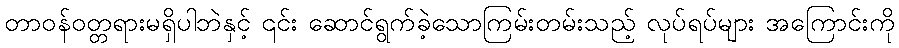
တာဝန်ဝတ္တရားမရှိပါဘဲနှင့် ၎င်း ဆောင်ရွက်ခဲ့သောကြမ်းတမ်းသည့် လုပ်ရပ်များ အကြောင်းကို